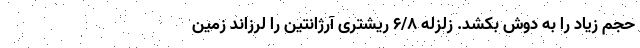
حجم زیاد را به دوش بکشد. زلزله ۶/۸ ریشتری آرژانتین را لرزاند زمین